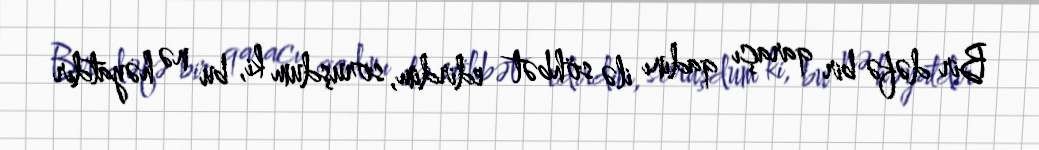
Bir dəfə bir qaraçı qadını ilə söhbət edirdim, soruşdum ki, bu nə həyatdır